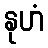
နုဟံ